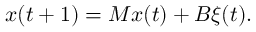
\boldsymbol { x } ( t + 1 ) = \boldsymbol { M } \boldsymbol { x } ( t ) + \boldsymbol { B } \boldsymbol { \xi } ( t ) .